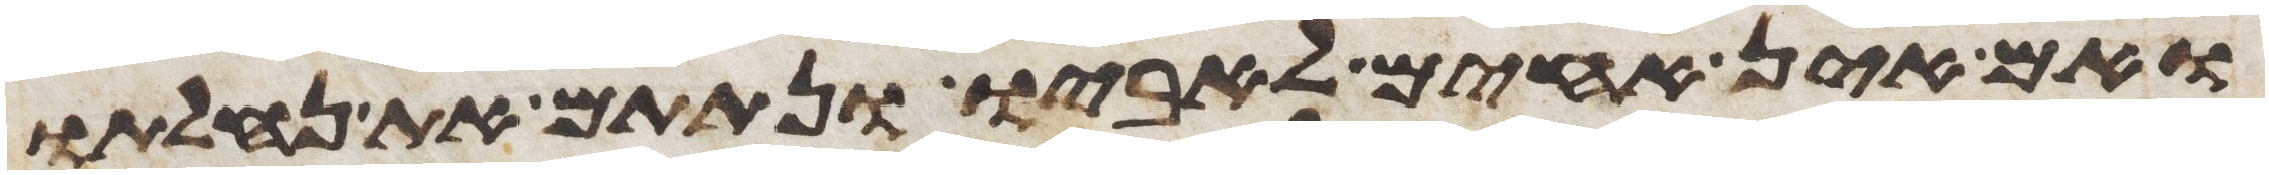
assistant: ואם אין אחים לאביו ונתתם את נחלתו